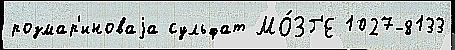
розмар'иноваjа сульфат МО́ЗГ'Е 1027-8133